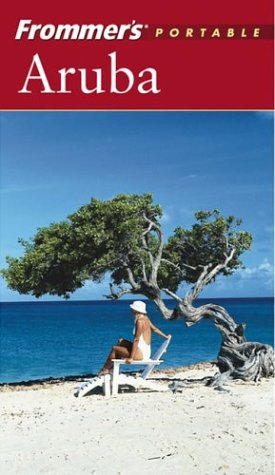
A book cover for Frommer's Portable Aruba; Ken Lindley; Travel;